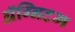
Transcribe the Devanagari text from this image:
ॲग्निटम